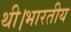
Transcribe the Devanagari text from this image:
थी।भारतीय